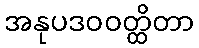
အနုပဒဝဝတ္ထိတာ